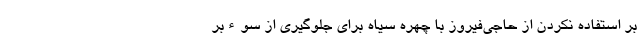
بر استفاده نکردن از حاجی‌فیروز با چهره سیاه برای جلوگیری از سوءبر